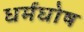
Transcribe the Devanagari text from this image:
धर्मघोष